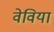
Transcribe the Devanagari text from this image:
वेविया